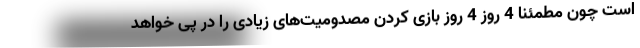
است چون مطمئنا 4 روز 4 روز بازی کردن مصدومیت‌های زیادی را در پی خواهد